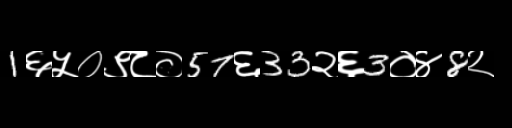
Text: 1६५०९८०57६33२६3०४8२